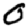
Digit: 0